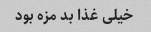
خیلی غذا بد مزه بود